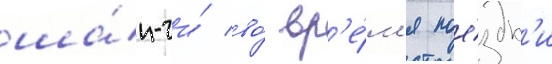
ша́н-чи́ во́ вр'е́м'я пое́здк'и